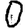
Digit: 0